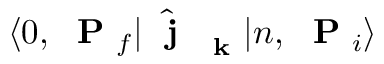
\langle 0 , \mathrm { ~ \bf ~ P ~ } _ { f } | \hat { \mathrm { ~ \bf ~ j ~ } } _ { \mathrm { ~ \bf ~ k ~ } } | n , \mathrm { ~ \bf ~ P ~ } _ { i } \rangle